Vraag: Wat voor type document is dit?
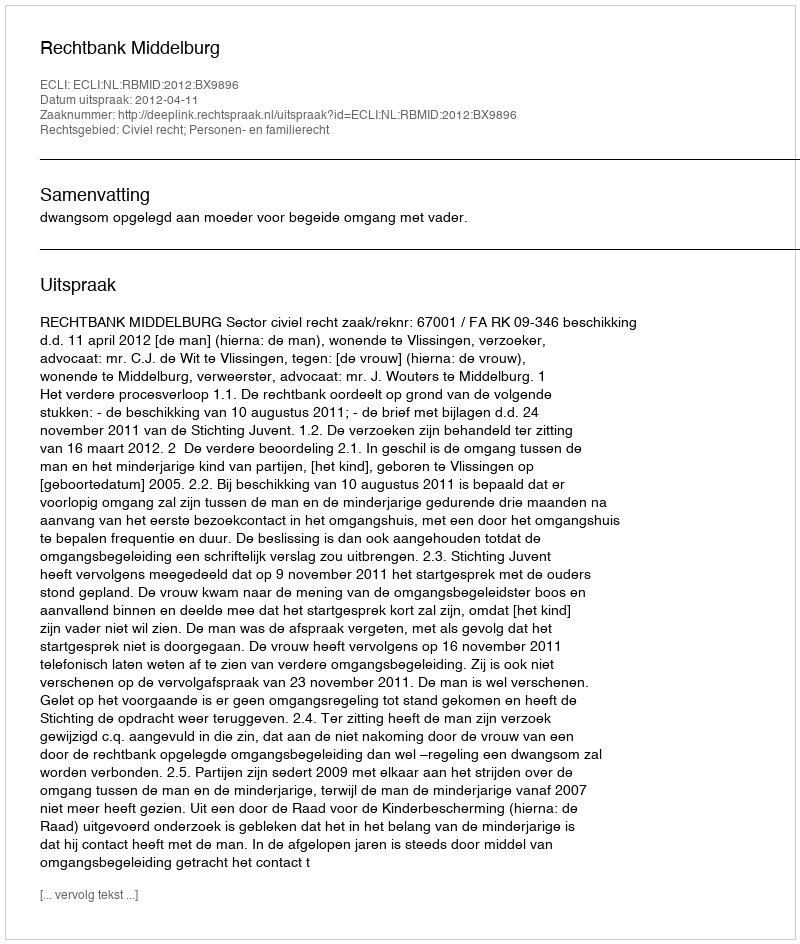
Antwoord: Uitspraak